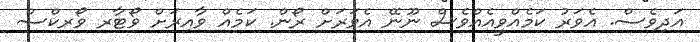
އަދިވެސް. އެވަރު ކަމެއްވީއެއްވެސް ނޫނޭ އެވަރަށް ރޯން. ކަމެއް ވާއިރަށް ވޯޓާރ ވޯރކްސް